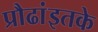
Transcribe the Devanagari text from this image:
प्रौढांइतके